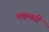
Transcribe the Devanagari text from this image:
मचलती